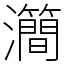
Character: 㶕